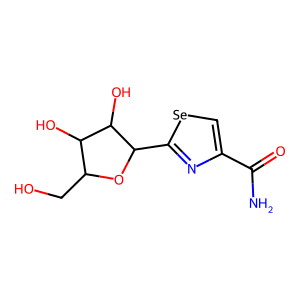
SMILES: NC(=O)c1c[se]c(C2OC(CO)C(O)C2O)n1
Inhibits HIV replication: No